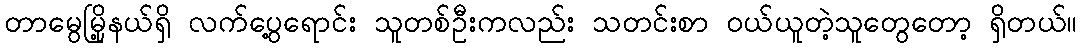
တာမွေမြို့နယ်ရှိ လက်ပွေ့ရောင်း သူတစ်ဦးကလည်း သတင်းစာ ဝယ်ယူတဲ့သူတွေတော့ ရှိတယ်။